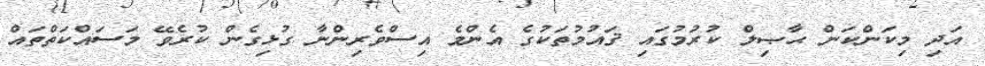
އަދި މިކަންކަން ޙާޞިލް ކުރުމުގައި ޤައުމުތަކުގެ އެންމެ އިސްވެރިންނާ ގުޅިގެން ކުރެވޭ މަސައްކަތްތައް